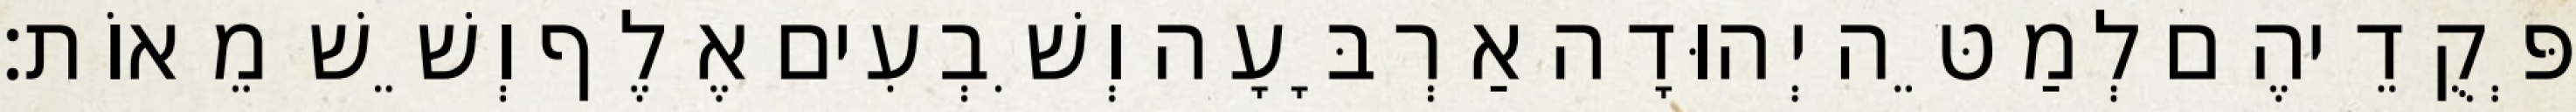
פְּקֻדֵיהֶם לְמַטֵּה יְהוּדָה אַרְבָּעָה וְשִׁבְעִים אֶלֶף וְשֵׁשׁ מֵאוֹת׃